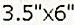
3.5"X6"